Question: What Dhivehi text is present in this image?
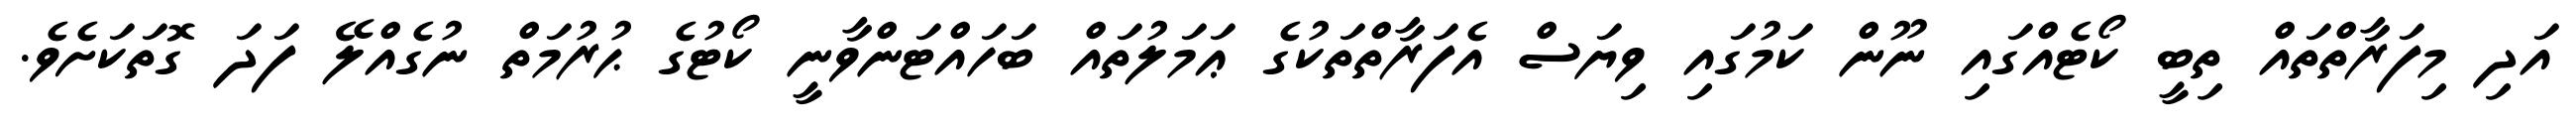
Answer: އަދި މިފަރާތްތައް ތިބީ ކޯޓެއްގައި ނޫން ކަމުގައި ވިޔަސް އެފަރާތްތަކުގެ ޢަމަލުތައް ބަހައްޓަންވާނީ ކޯޓުގެ ޙުރުމަތް ނުގެއްލޭ ފަދަ ގޮތަކަށެވެ.